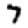
Digit: 7